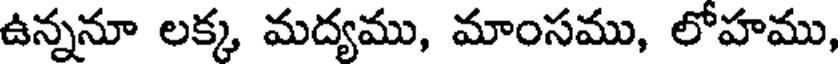
ఉన్ననూ లక్క మద్యము, మాంసము, లోహము,